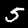
Label: 5